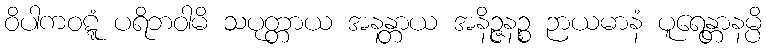
ဝိပါကဝဋ္ဋံ ပရိဘဝါမိ သပုတ္တာယ အနန္တာယ အနိဉ္ဇနဉ္စ ဉာယမာနံ ပူရေန္တာနမ္ပိ